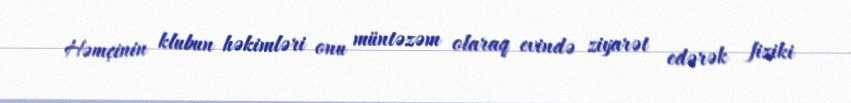
Həmçinin klubun həkimləri onu müntəzəm olaraq evində ziyarət edərək fiziki